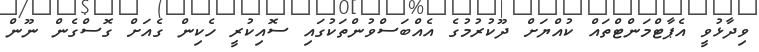
ވިދާޅުވީ އެޕާޓްމަންޓްތައް ކުއްޔަށް ދޫކުރުމުގެ އެއްބަސްވުންތަކުގައި ސޮއިކުރީ ހެކިން ގެއަށް ގޮސްގެން ނޫން